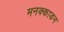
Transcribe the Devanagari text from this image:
मनक्काडन